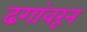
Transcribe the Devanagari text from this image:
ढगांवरून